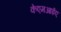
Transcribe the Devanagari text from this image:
केएमआईए